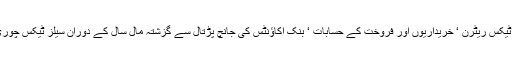
نیوز لائن کے فیڈرل بورڈ آف ریونیو نے جمع ہونیوالے ٹیکس ریٹرن ‘ خریداریوں اور فروخت کے حسابات ‘ بنک اکاؤنٹس کی جانچ پڑتال سے گزشتہ مال سال کے دوران سیلز ٹیکس چوری کرنے والی 1632 بڑی کمپنیوں کا سراغ لگا یا ہے ۔